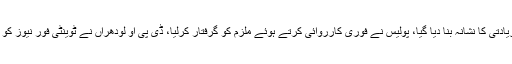
لودھراں میں بھی ڈیڑھ سال کے بچے کو مبینہ زیادتی کا نشانہ بنا دیا گیا، پولیس نے فوری کارروائی کرتے ہوئے ملزم کو گرفتار کرلیا، ڈی پی او لودھراں نے ٹوینٹی فور نیوز کو بتایا کہ ملزم کا ڈی این اے ٹیسٹ کرا لیا گیا ہے۔